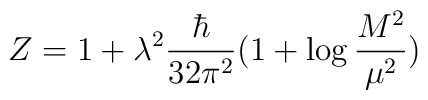
Z=1+\lambda^2\frac{\hbar}{32\pi^2}(1+\log\frac{M^2}{\mu^2})